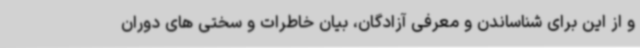
و از این برای شناساندن و معرفی آزادگان، بیان خاطرات و سختی های دوران